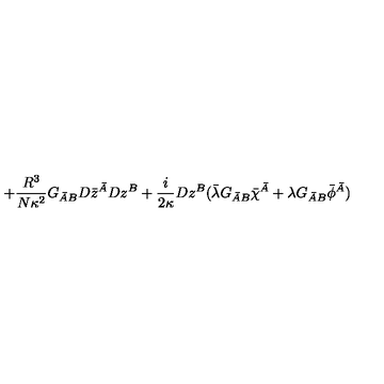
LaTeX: + \frac { R ^ { 3 } } { N \kappa ^ { 2 } } G _ { \bar { A } B } D \bar { z } ^ { \bar { A } } D z ^ { B } + \frac { i } { 2 \kappa } D z ^ { B } ( \bar { \lambda } G _ { \bar { A } B } \bar { \chi } ^ { \bar { A } } + \lambda G _ { \bar { A } B } \bar { \phi } ^ { \bar { A } } )